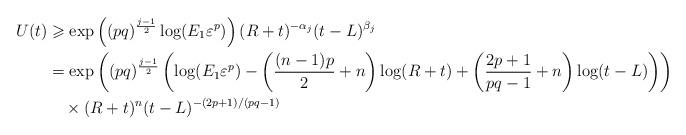
LaTeX: \begin{align*}U(t)&\geqslant \exp\left((pq)^{\frac{j-1}{2}}\log (E_1\varepsilon^p)\right)(R+t)^{-\alpha_j}(t-L)^{\beta_j}\\&=\exp\left((pq)^{\frac{j-1}{2}} \left(\log(E_1\varepsilon^p)-\left(\frac{(n-1)p}{2}+n\right)\log(R+t)+\left(\frac{2p+1}{pq-1}+n\right)\log(t-L)\right)\right)\\&\quad\times(R+t)^{n}(t-L)^{-(2p+1)/(pq-1)}\end{align*}